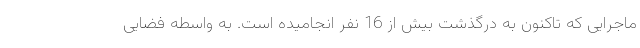
ماجرایی که تاکنون به درگذشت بیش از 16 نفر انجامیده است. به واسطه فضایی